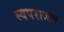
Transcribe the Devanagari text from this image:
स्वपराजय